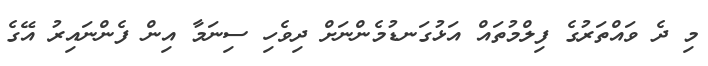
މި ދެ ވައްތަރުގެ ފިލްމުތައް އަޅުގަނޑުމެންނަށް ދިވެހި ސިނަމާ އިން ފެންނައިރު އޭގެ